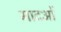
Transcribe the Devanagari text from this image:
मादओं